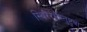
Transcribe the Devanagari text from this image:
स्थिरैरंगैस्तुष्टुवां